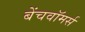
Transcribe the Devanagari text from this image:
बेंचवॉमर्स